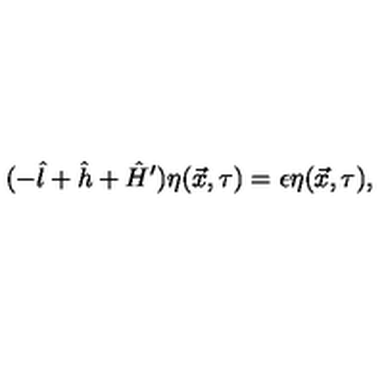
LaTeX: ( - \hat { l } + \hat { h } + \hat { H } ^ { \prime } ) \eta ( \vec { x } , \tau ) = \epsilon \eta ( \vec { x } , \tau ) ,